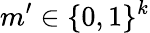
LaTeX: m^{\prime}\in\{ 0,1\} ^{k}